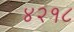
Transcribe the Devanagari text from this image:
४२१८